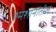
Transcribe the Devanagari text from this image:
श्मशानांतील